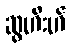
ဆွဟီးဟ်